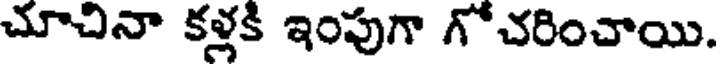
చూచినా కళ్లకి ఇంపుగా గోచరించాయి.